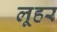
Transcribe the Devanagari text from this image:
लूहर